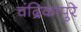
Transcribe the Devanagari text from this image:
चंद्रिकापुरे